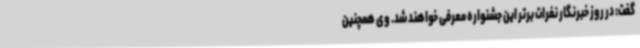
گفت: در روز خبرنگار نفرات برتر این جشنواره معرفی خواهند شد. وی همچنین